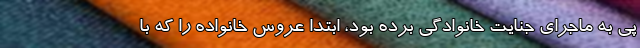
پی به ماجرای جنایت خانوادگی برده بود، ابتدا عروس خانواده را که با